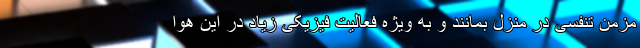
مزمن تنفسی در منزل بمانند و به ویژه فعالیت فیزیکی زیاد در این هوا